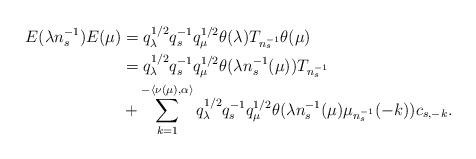
LaTeX: \begin{align*}E(\lambda n_s^{-1})E(\mu) & = q_{\lambda}^{1/2}q_s^{-1}q_\mu^{1/2}\theta(\lambda)T_{n_s^{-1}}\theta(\mu)\\& = q_{\lambda}^{1/2}q_s^{-1}q_\mu^{1/2}\theta(\lambda n_s^{-1}(\mu))T_{n_s^{-1}}\\&+ \sum_{k = 1}^{-\langle \nu(\mu),\alpha\rangle}q_{\lambda}^{1/2}q_s^{-1}q_\mu^{1/2}\theta(\lambda n_s^{-1}(\mu)\mu_{n_s^{-1}}(-k))c_{s,-k}.\end{align*}